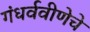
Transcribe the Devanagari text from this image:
गंधर्ववीणेचे